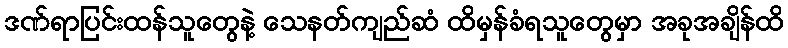
ဒဏ်ရာပြင်းထန်သူတွေနဲ့ သေနတ်ကျည်ဆံ ထိမှန်ခံရသူတွေမှာ အခုအချိန်ထိ